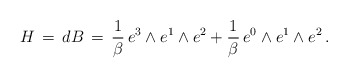
\begin{align*}H \,=\, dB \,=\, \frac{1}{\beta} \, e^{3} \wedge e^{1} \wedge e^{2} + \frac{1}{\beta} \, e^{0} \wedge e^{1} \wedge e^{2} \, . \end{align*}